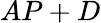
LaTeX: AP+D